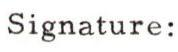
Signature: